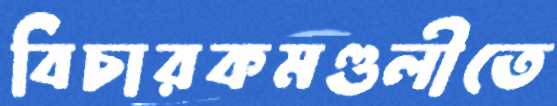
বিচারকমণ্ডলীতে